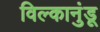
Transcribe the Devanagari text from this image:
विल्कानुंडू